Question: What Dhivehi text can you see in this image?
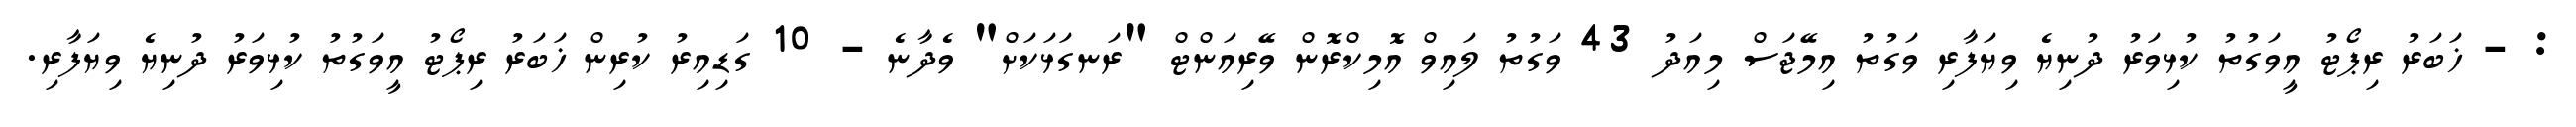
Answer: : - ޚަބަރު ރިޕޯޓު އީވަގުތު ކުޅިވަރު ދުނިޔެ ވިޔަފާރި ވަގުތު އިމޭޖަސް މިއަދު 43 ވަގުތު ލައިވް އޮމިކްރޮން ވޭރިއަންޓް "ރަނގަޅަކަށް" ވެދާނެ - 10 ގަޑިއިރު ކުރިން ޚަބަރު ރިޕޯޓު އީވަގުތު ކުޅިވަރު ދުނިޔެ ވިޔަފާރި.